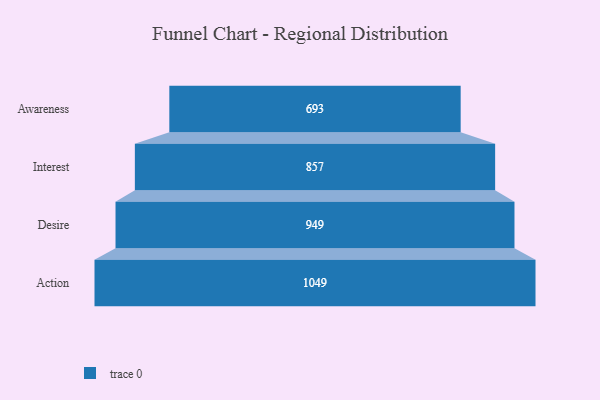
{"axis": {"x": "Stage", "y": "Value"}, "legend": [""], "data": [{"x": "Awareness", "y": 693.0, "type": ""}, {"x": "Interest", "y": 857.0, "type": ""}, {"x": "Desire", "y": 949.0, "type": ""}, {"x": "Action", "y": 1049.0, "type": ""}]}